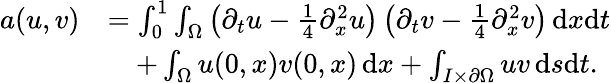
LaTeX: \begin{array}{rl}{a(u,v)}&{=\int_{0}^{1}\int_{\Omega}\left(\partial_{t}u-\frac 14\partial_{x}^{2}u\right)\left(\partial_{t}v-\frac 14\partial_{x}^{2}v\right)\, \mathrm dx\mathrm dt}\\ &{\quad+\int_{\Omega}u(0,x)v(0,x)\, \mathrm dx+\int_{I\times\partial\Omega}uv\, \mathrm ds\mathrm dt.}\end{array}